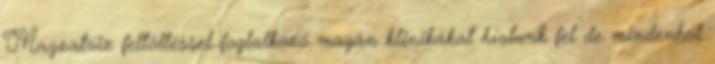
Magzatviz feltöltéssel foglalkozó magán klinikákat hívtunk fel de mindenhol